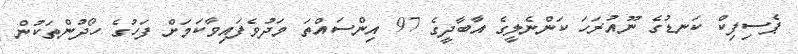
ޕެސިފިކް ކަނޑުގެ ނޫއުރަހަ ކަންނެލީގެ އާބާދީގެ 97 އިންސައްތަ މަދުވެފައިވާކަމަށް ފަހުގެ ހޯދުންތަކުން